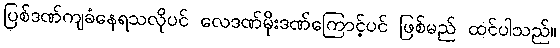
ပြစ်ဒဏ်ကျခံနေရသလိုပင် လေဒဏ်မိုးဒဏ်ကြောင့်ပင် ဖြစ်မည် ထင်ပါသည်။